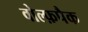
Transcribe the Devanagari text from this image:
वोल्फ़पैक